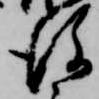
後